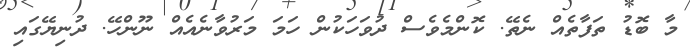
މާ ބޮޑު ތަފާތެއް ނެތޭ. ކޮންމެވެސް ދުވަހަކުން ހަމަ މަރުވާނެއެއް ނޫންހޭ. ދުނިޔޭގައި